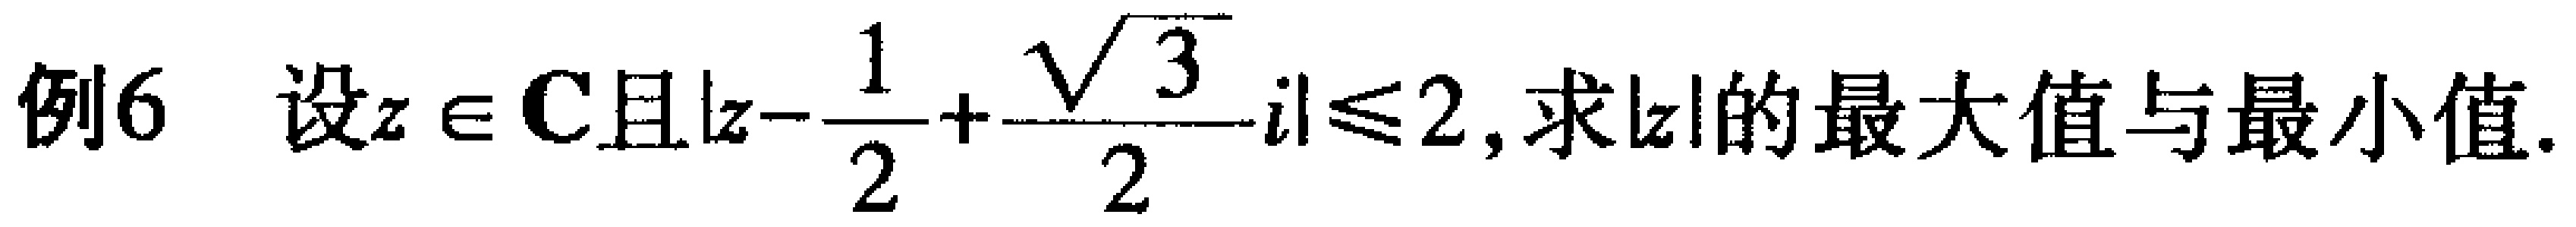
例6 设$z \in \mathbf{C}$且$\left|z-\frac{1}{2}+\frac{\sqrt{3}}{2}i\right| \leq 2$, 求$|z|$的最大值与最小值.